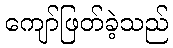
ကျော်ဖြတ်ခဲ့သည်